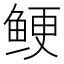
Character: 鲠